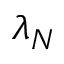
\lambda _ { N }